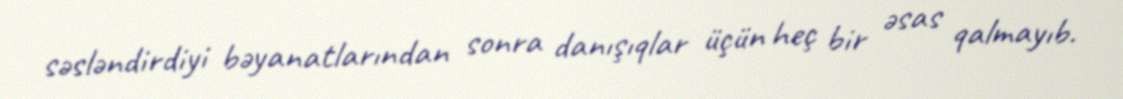
səsləndirdiyi bəyanatlarından sonra danışıqlar üçün heç bir əsas qalmayıb.